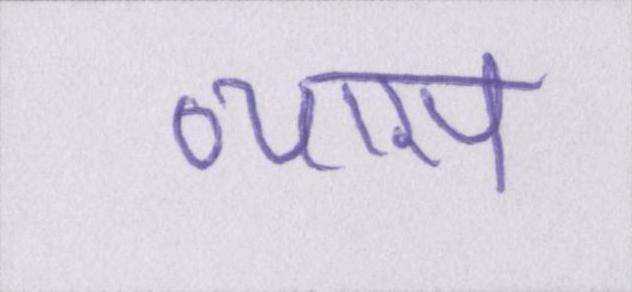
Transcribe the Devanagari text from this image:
व्यास